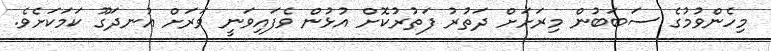
މިހެންވުމުގެ ސަބަބުން މިރަށަށް ދަތުރު ފަތުރުކޮށް އުޅުން ވެފައިވަނީ ވަރަށް އުނދަގޫ ކަމަކަށެވެ.